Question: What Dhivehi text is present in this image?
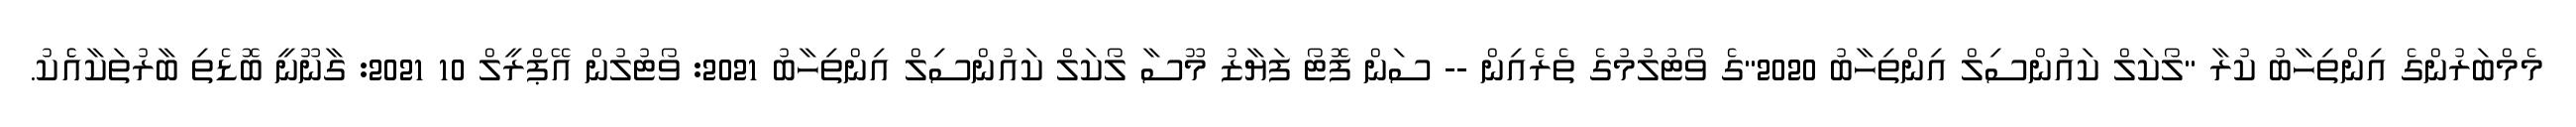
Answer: މެމްބަރުންގެ އިންތިހާބު ކުރާ "ލޯކަލް ކައުންސިލް އިންތިހާބު 2020"ގެ ވޯޓުލުމުގެ ތެރެއިން -- ސަން ފޮޓޯ ފަޔާޒު މޫސާ ލޯކަލް ކައުންސިލް އިންތިހާބު 2021: ވޯޓުލުން އޭޕްރީލް 10 2021: ގާނޫނީ ބޮޑެތި ބާރުތަކާއެެކު.